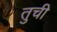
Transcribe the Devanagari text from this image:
तुची